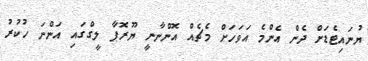
ޔުނައިޓެޑަށް ދެން އެންމެ އަވަހަށް މެޗެއް އޮންނާނީ ޔޫރޮޕާ ލީގްގައި އަންނަ ހުކުރު